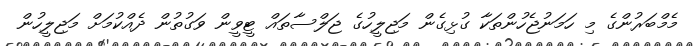
މެމްބަރުންގެ މި ހަމަނުޖެހުންތަކާ ގުޅިގެން މަޖިލީހުގެ ޖަލްސާތައް ޓީވީން ވަގުތުން ދެއްކުމަށް މަޖިލީހުން